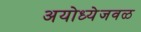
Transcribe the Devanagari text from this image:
अयोध्येजवळ